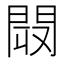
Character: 𨴉